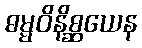
ဓမ္မဝိနိစ္ဆယေန